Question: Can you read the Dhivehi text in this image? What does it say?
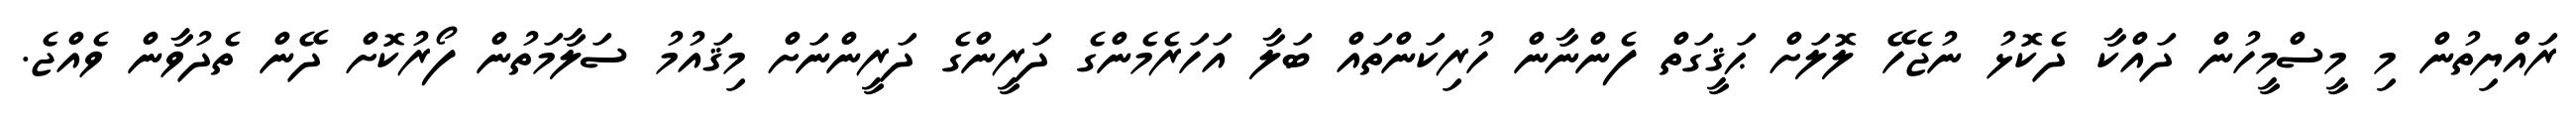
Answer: ރައްޔިތުން މި މީސްމީހުން ދައްކާ ދެކޮޅު ނުޖެހޭ ލޮލަށް ޙަޤީގަތް ފެންނާން ހުރިކަންތައް ބަލާ އަހަރެމެންގެ ދަރީންގެ ދަރީންނަށް މިޤައުމު ސަލާމަތުން ފޯރުކޮށް ދޭން ތެދުވާން ވެއްޖެ.